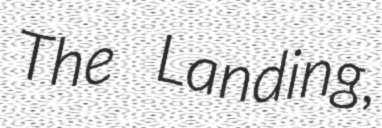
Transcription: The Landing,